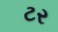
ટર